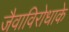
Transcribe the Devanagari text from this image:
जैवाविरोधाके